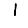
Digit: 1